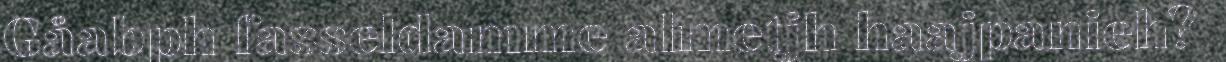
Gåabph fasseldamme almetjh haajpanieh?